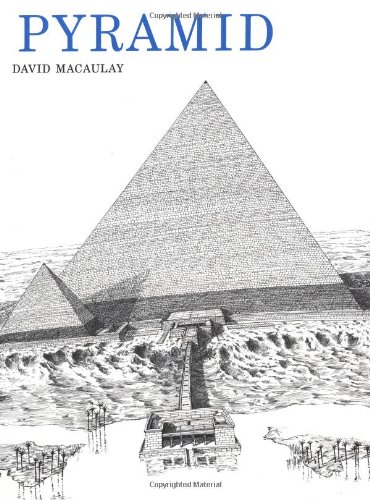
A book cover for Pyramid; David Macaulay; Arts & Photography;